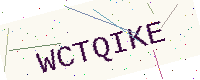
Text: WCTQIKE